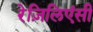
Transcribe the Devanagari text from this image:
रेज़िलिएंसी